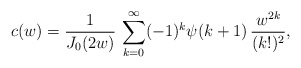
\begin{align*} c(w)=\frac{1}{J_{0}(2w)}\,\sum_{k=0}^{\infty}(-1)^{k} \psi(k+1)\,\frac{w^{2k}}{(k!)^{2}}, \end{align*}